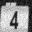
Digit: 4